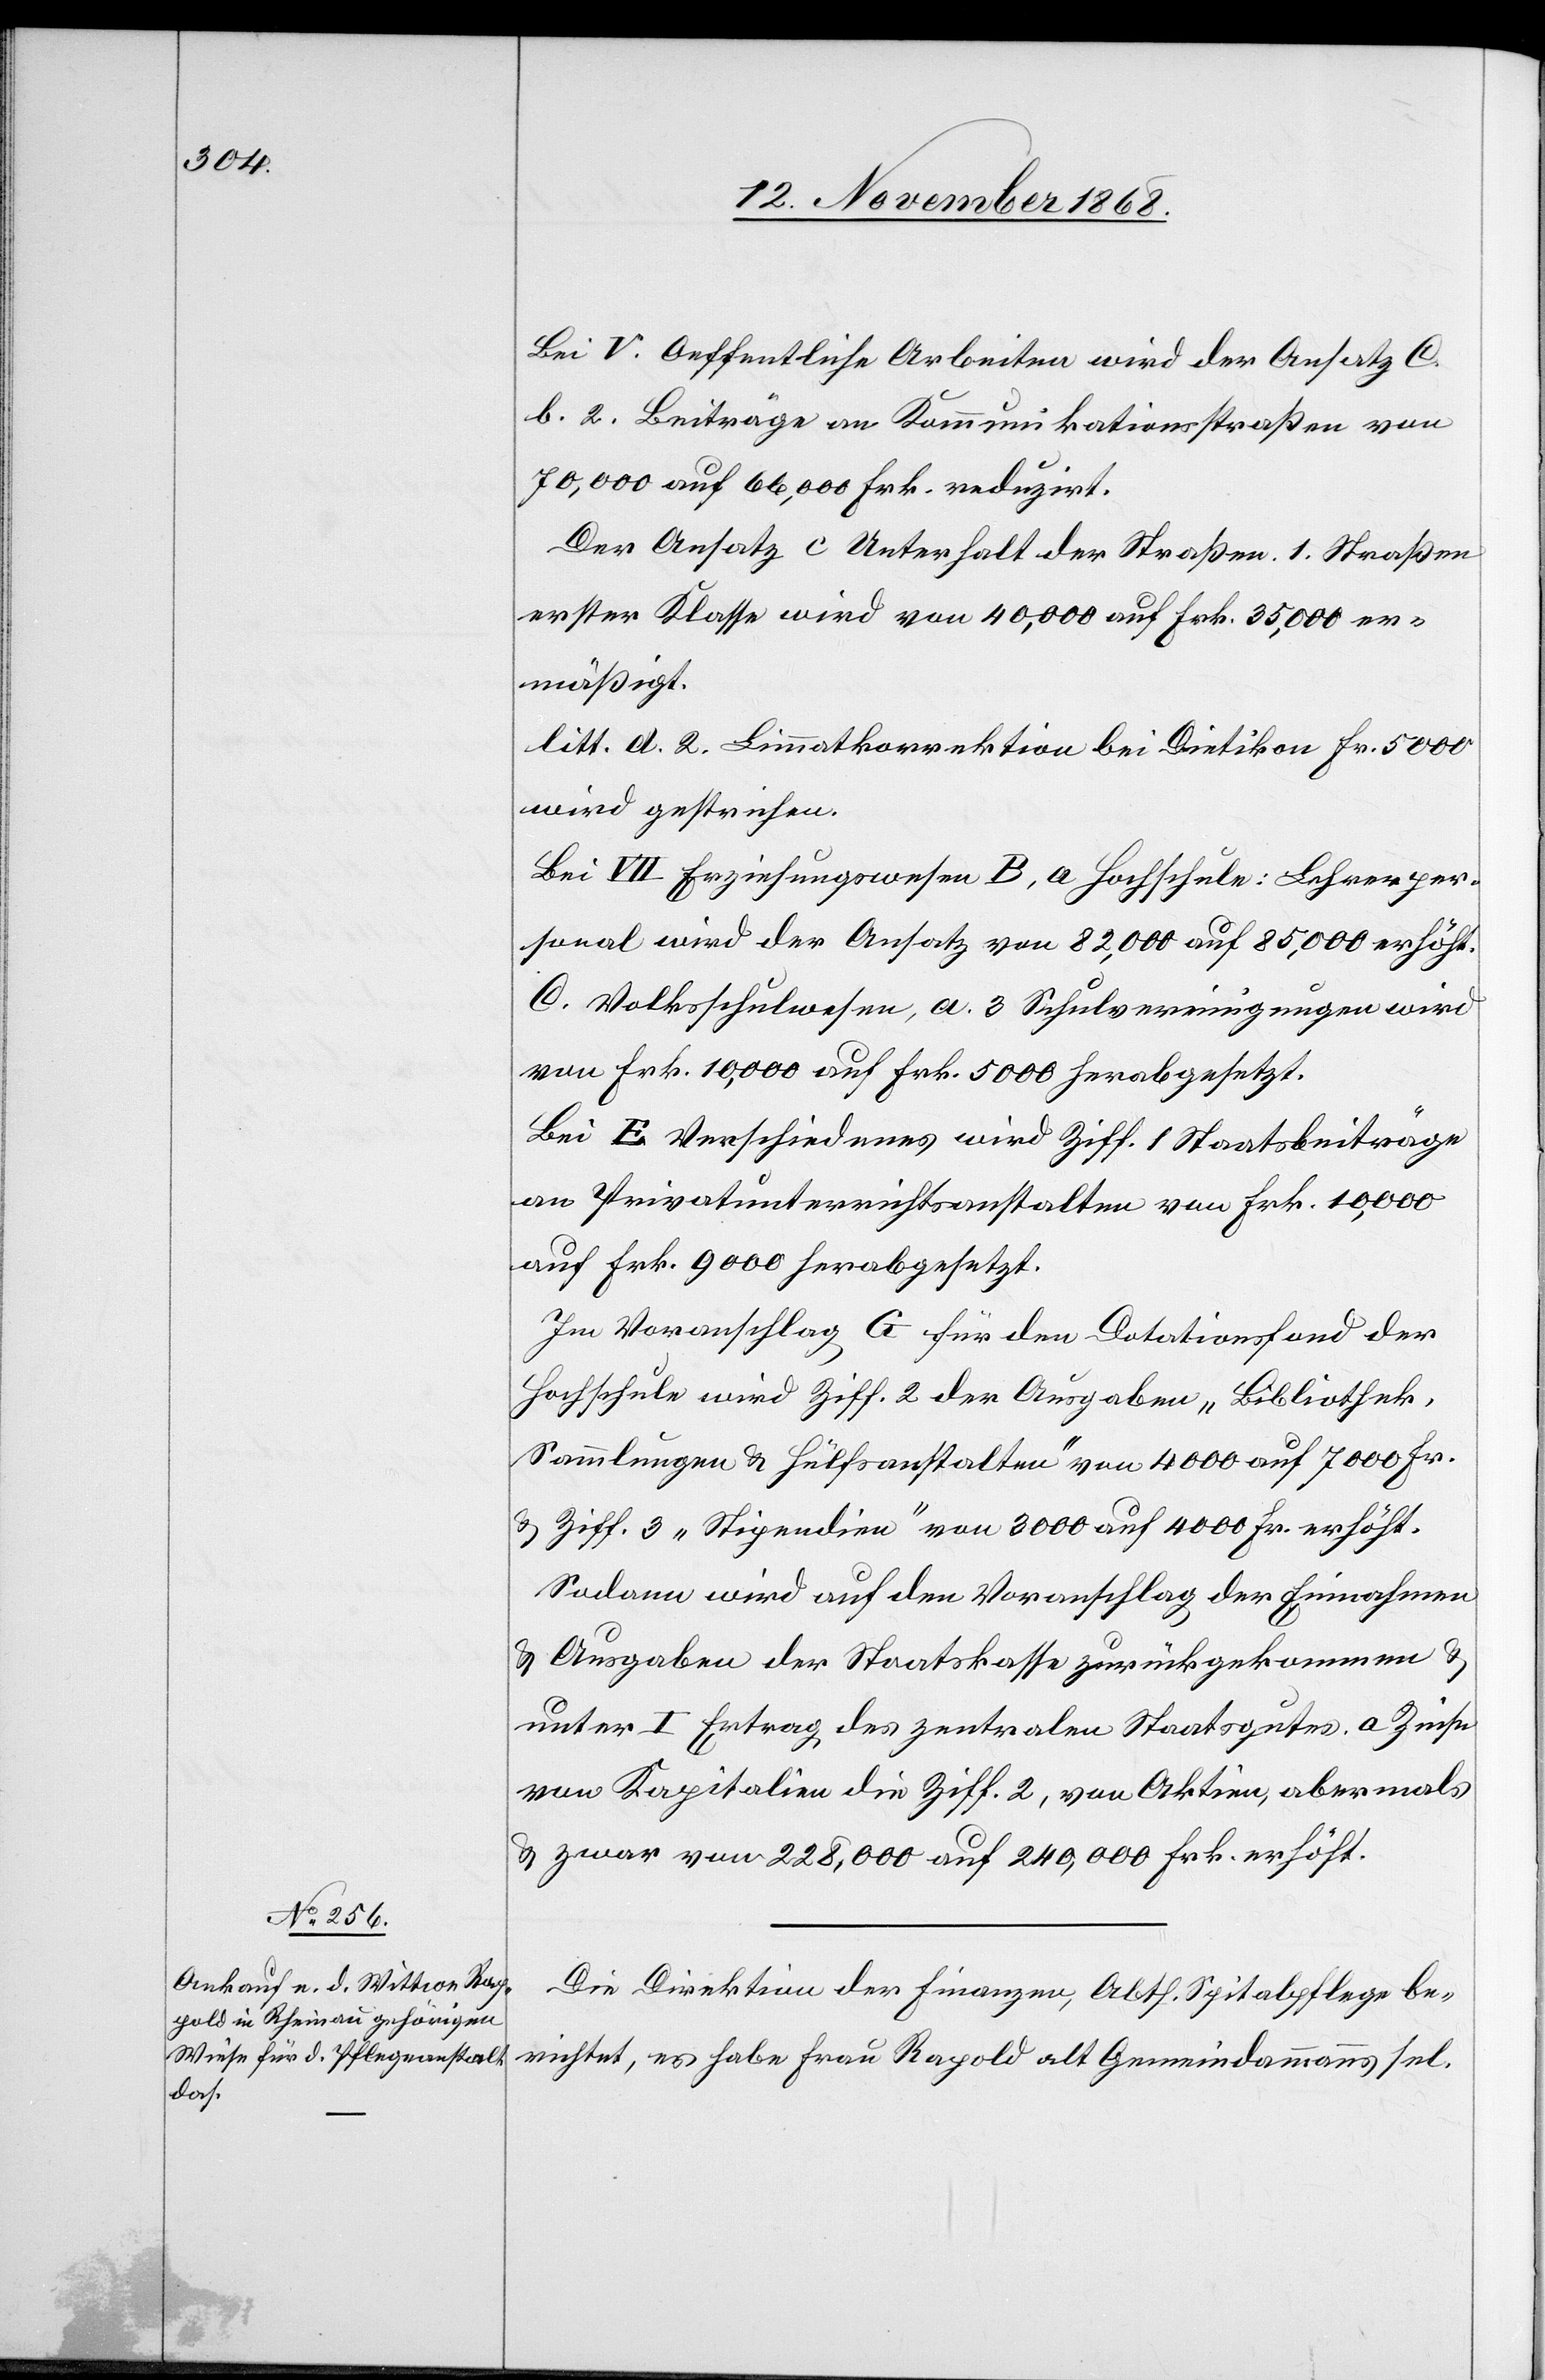
Bei V. Oeffentliche Arbeiten wird der Ansatz C.
b. 2. Beiträge an Kommunikationsstraßen von
70,000 auf 66,000 Frk. reduzirt.
Der Ansatz c Unterhalt der Straßen. 1. Straßen
erster Klasse wird von 40,000 auf Frk. 35,000 er¬
mäßigt.
litt. d. 2. Limmatkorrektion bei Dietikon Fr. 5000
wird gestrichen.
Bei VII Erziehungswesen B, a Hochschule: Lehrerper¬
sonal wird der Ansatz von 82,000 auf 85,000 erhöht.
C. Volksschulwesen, a. 3 Schulvereinigungen wird
von Frk. 10,000 auf Frk. 5000 herabgesetzt.
Bei E Verschiedenes wird Ziff. 1 Staatsbeiträge
an Privatunterrichtsanstalten von Frk. 10,000
auf Frk. 9000 herabgesetzt.
Im Voranschlag G für den Dotationsfond der
Hochschule wird Ziff. 2 der Ausgaben „Bibliothek,
Sammlungen & Hülfsanstalten“ von 4000 auf 7000 Fr.
& Ziff. 3 „Stipendien“ von 3000 auf 4000 Fr. erhöht.
Sodann wird auf den Voranschlag der Einnahmen
& Ausgaben der Staatskasse zurückgekommen &
unter I Ertrag des zentralen Staatsgutes. a Zinse
von Kapitalien die Ziff. 2, von Aktien, abermals
& zwar von 228,000 auf 240,000 Frk. erhöht.
Die Direktion der Finanzen, Abth. Spitalpflege be¬
richtet, es habe Frau Rapold [sic!] alt Gemeindammanns sel.